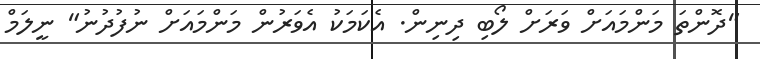
"ދޮންތަ މަންމައަށް ވަރަށް ލޯބި ދިނިން. އެކަމަކު އެވަރުން މަންމައަށް ނުފުދުނު" ނީލަމް